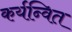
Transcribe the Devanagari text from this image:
कर्यन्वित